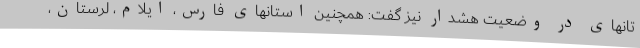
تانهای در وضعیت هشدار نیز گفت: همچنین استانهای فارس، ایلام، لرستان،